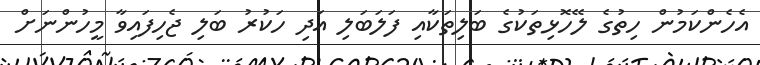
އެހެންކަމުން ހިތުގެ ލޭހޮޅިތަކުގެ ބަލިތަކާއި ފަލަބަލި އަދި ހަކުރު ބަލި ޖެހިފައިވާ މީހުންނަށް